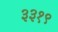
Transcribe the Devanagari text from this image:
३३१९